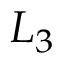
L _ { 3 }